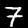
Label: 7